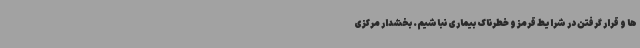
ها و قرار گرفتن در شرایط قرمز و خطرناک بیماری نباشیم. بخشدار مرکزی